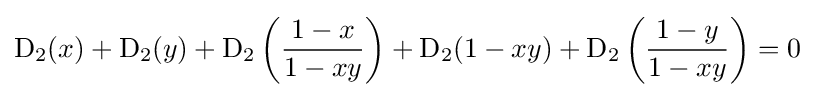
\operatorname {D} _{2}(x)+\operatorname {D} _{2}(y)+\operatorname {D} _{2}\left({\frac {1-x}{1-xy}}\right)+\operatorname {D} _{2}(1-xy)+\operatorname {D} _{2}\left({\frac {1-y}{1-xy}}\right)=0